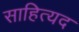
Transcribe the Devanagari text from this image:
साहित्यद